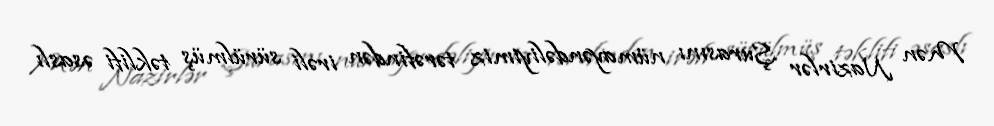
Mən Nazirlər Şurasını nümayəndəliyimiz tərəfindən irəli sürülmüş təklifi əsaslı